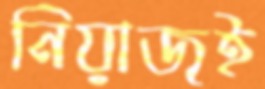
নিয়াজই